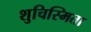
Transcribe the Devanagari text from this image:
शुचिस्मिता